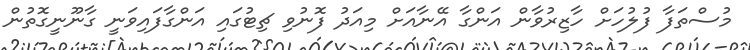
މުސްތަފާ ފުލުހަށް ހާޒިރުވާން އަންގާ އޭނާއަށް މިއަދު ފޮނުވި ޗިޓުގައި އަންގާފައިވަނީ ގާނޫނީގޮތުން